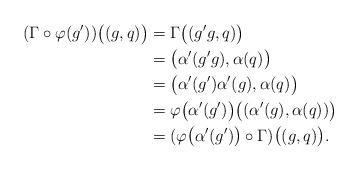
LaTeX: \begin{align*}(\Gamma \circ \varphi(g')) \big((g,q) \big) &= \Gamma \big( (g'g,q) \big)\\&= \big(\alpha'(g'g),\alpha(q)\big)\\&= \big(\alpha'(g')\alpha'(g),\alpha(q)\big)\\&= \varphi \big(\alpha'(g') \big) \big((\alpha'(g),\alpha(q)) \big)\\&= (\varphi\big(\alpha'(g')\big) \circ \Gamma)\big((g,q) \big).\end{align*}